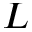
L